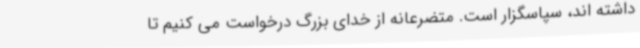
داشته اند، سپاسگزار است. متضرعانه از خدای بزرگ درخواست می کنیم تا